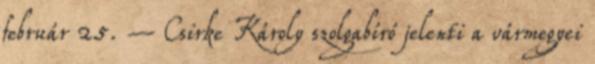
február 25. – Csirke Károly szolgabíró jelenti a vármegyei